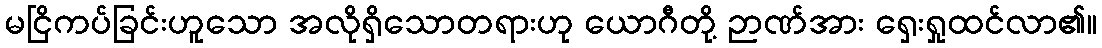
မငြိကပ်ခြင်းဟူသော အလိုရှိသောတရားဟု ယောဂီတို့ ဉာဏ်အား ရှေးရှုထင်လာ၏။